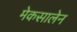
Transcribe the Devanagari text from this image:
मेकसालेन